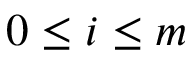
0 \le i \le m